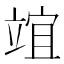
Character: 竩